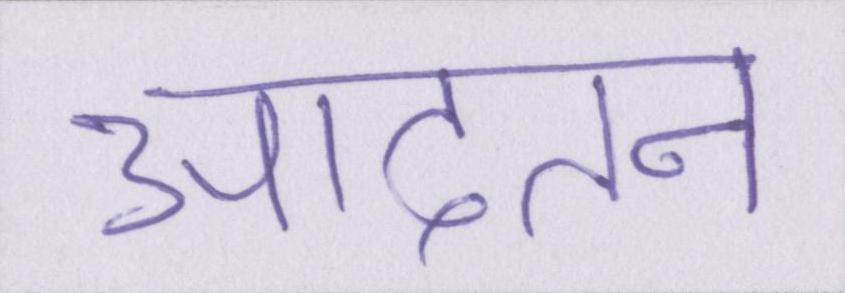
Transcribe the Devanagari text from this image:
आदतन